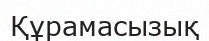
Құрамасызық